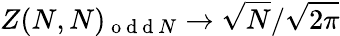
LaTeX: Z(N,N)_{\mathrm{~o~d~d~}N}\to\sqrt{N}/\sqrt{2\pi}